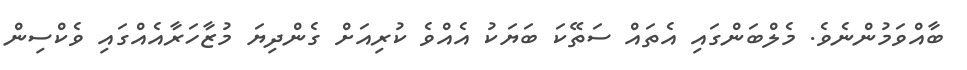
ބާއްވަމުންނެވެ. މެލްބަންގައި އެތައް ސަތޭކަ ބަޔަކު އެއްވެ ކުރިއަށް ގެންދިޔަ މުޒާހަރާއެއްގައި ވެކްސިން